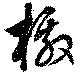
檄